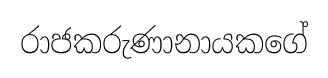
රාජකරුණානායකගේ